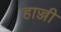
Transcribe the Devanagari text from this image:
हाज्जी